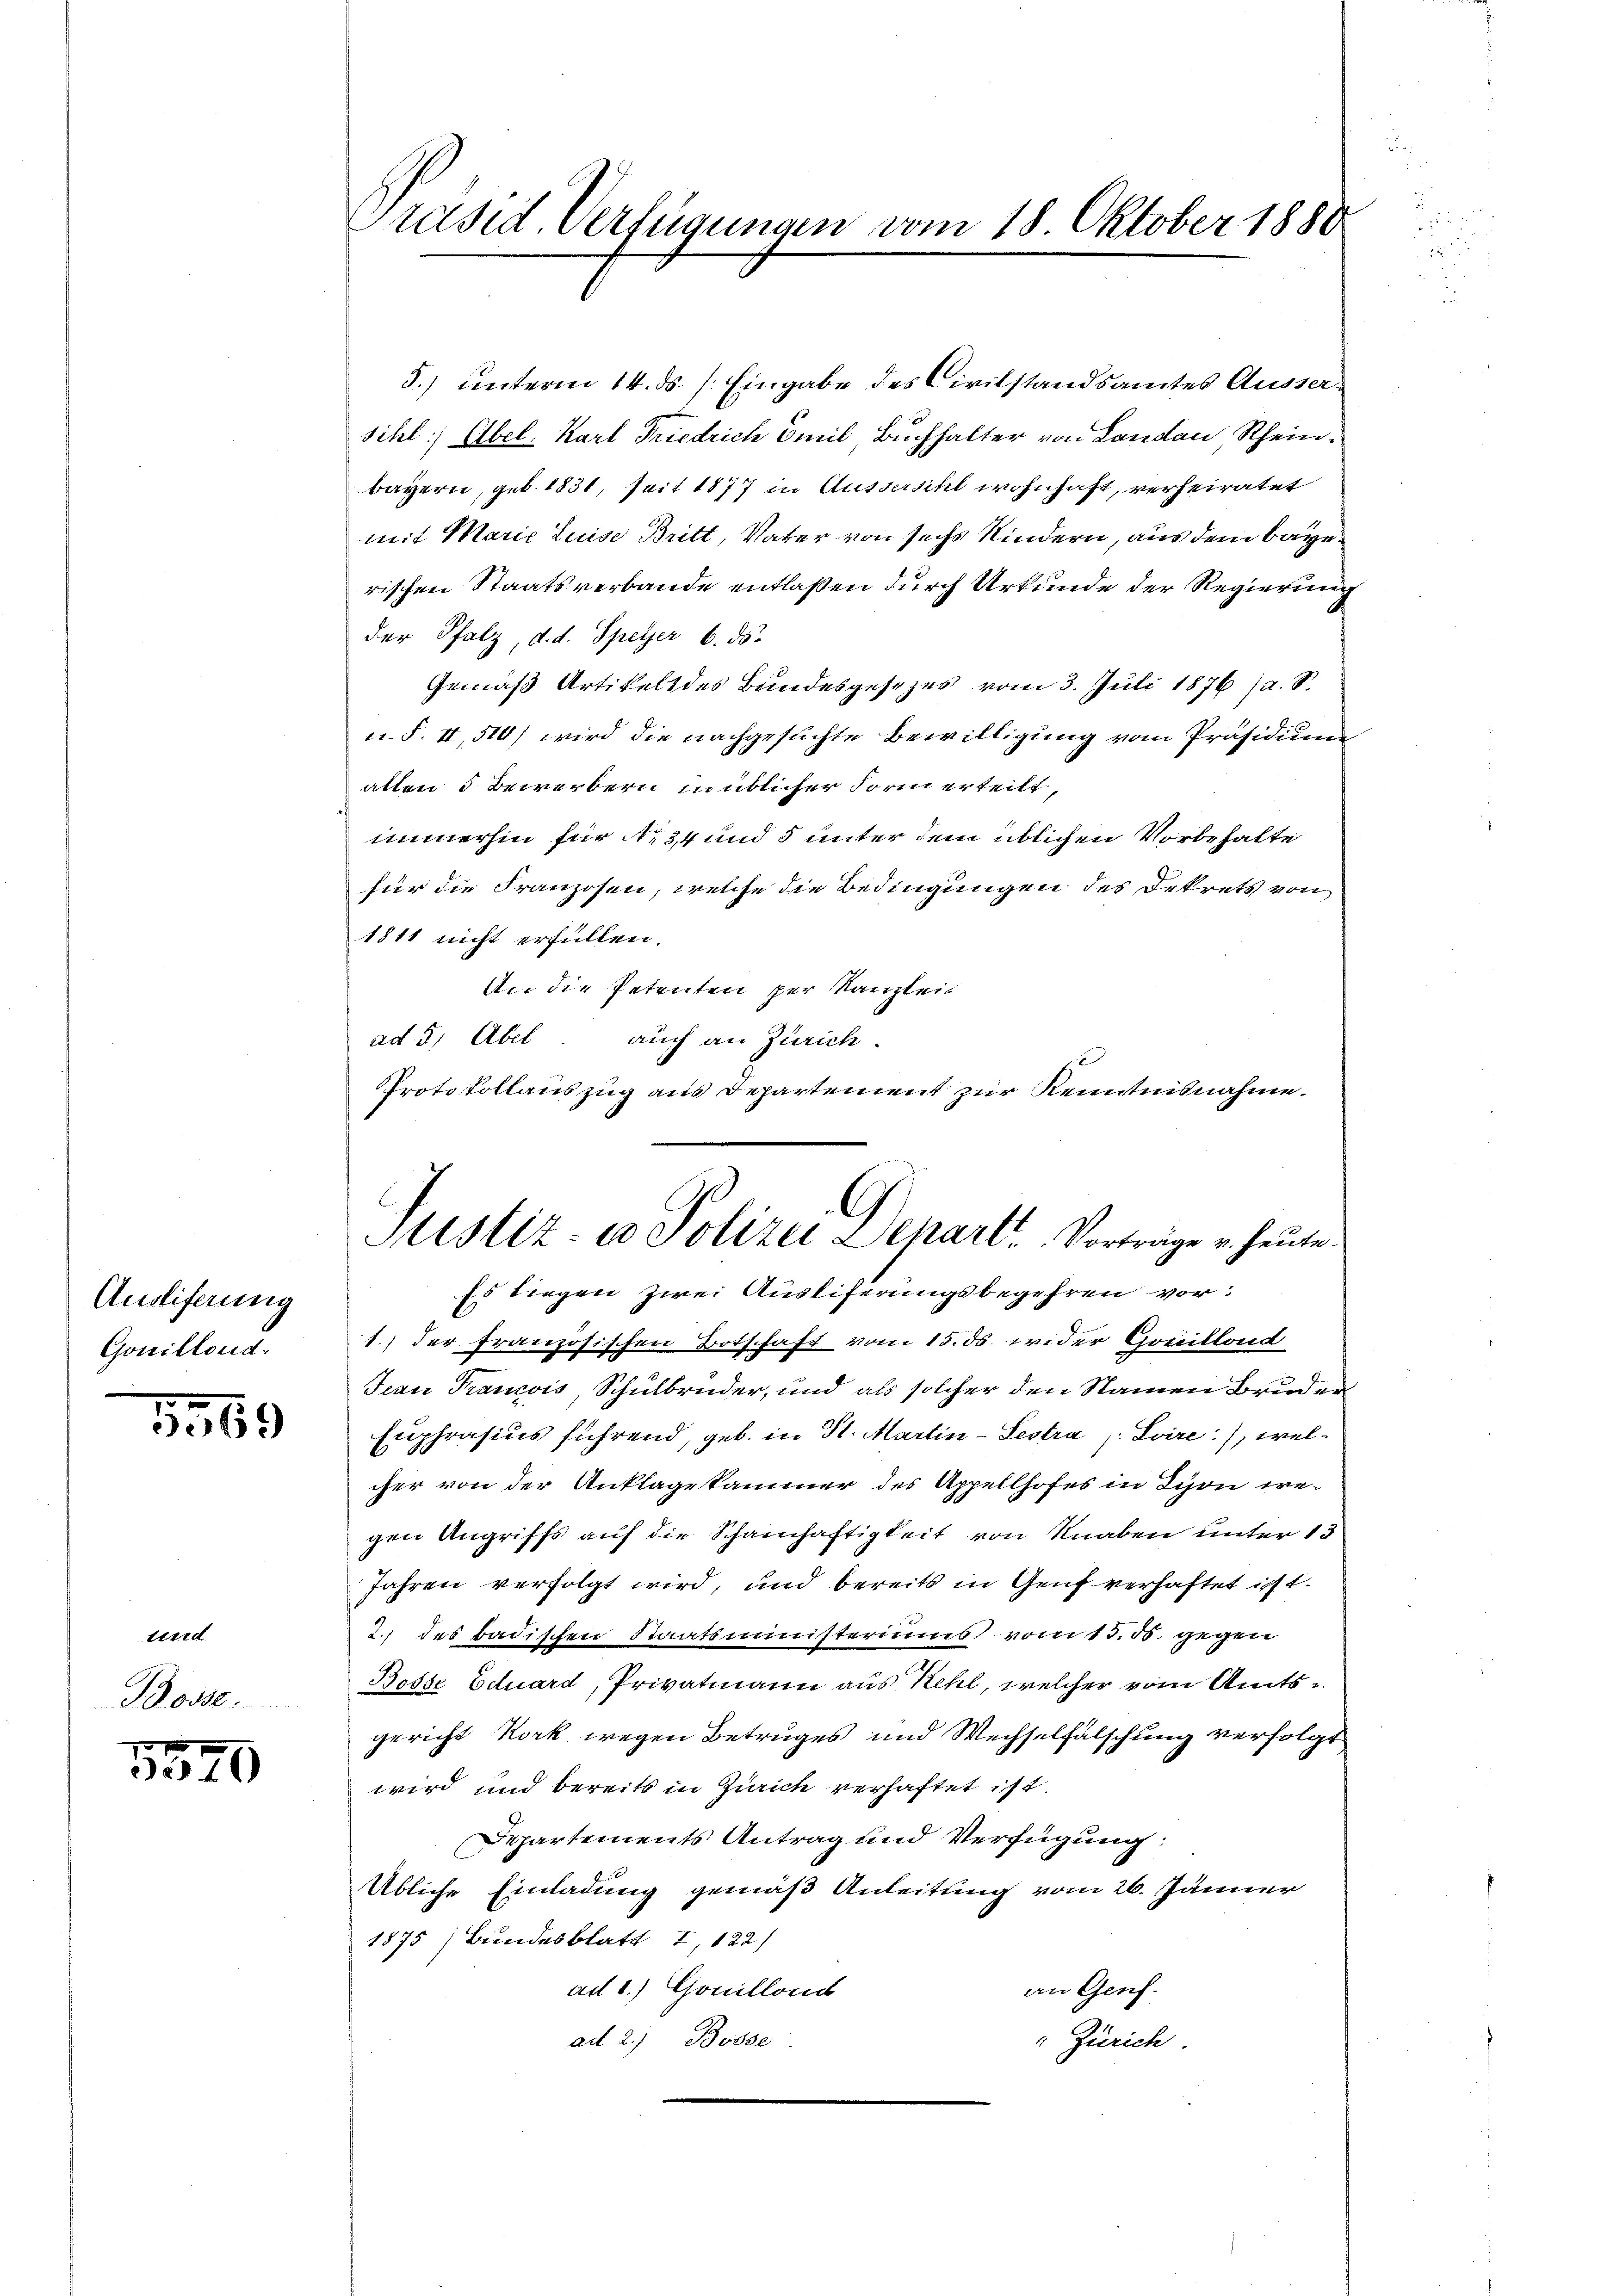
Ausliferung
Gonillend.

5569

tend
Bosse

5540

Präsid. Verfügungen vom 18. Oktober 1880

5.) unterm 14. ds /: Eingabe des Civilstandsamtes Ausser-
sihl Abel. Karl Friedrich Emil Buchhalter von Landau Rheinbayern, geb. 1831, seit 1877 in Aussersihl wohnhaft, verheiratet
mit Marie Luise Britt, Vater von sechs Kindern, aus dem Baye
rischen Staatsverbande entlaßen durch Urkunde der Regierung
der Pfalz, d. d. Speyer 6. ds.
Gemäß Artikels des Bundesgesezes vom 3. Juli 1876 (a. S.
u. F. II, 510) wird die nachgesuchte Bewilligung vom Präsidium
allen 5 Bewerbern in üblicher Form erteilt,
immerhin für 34 und 5 unter dem üblichen Vorbehalte
für die Franzosen, welche die Bedingungen des Dekrets von
1811 nicht erfüllen.
An die Petenten per Kanzlei
ad 5. Übel auch an Zürich.
PProtokollauszug aus Departement zur Kenntnisnahme.
Es liegen zwei Ausliferungsbegehren vor:
1) der französischen Botschaft vom 15. ds. wider Gossillond
Jean Francois, Schulbrüder, und als solcher den Namen Bruder
Euphrasius führend, geb. in St. Martin-Sestra s. Svire), welcher von der Anklagekammer des Appellhofes in Lyon we-
gen Angriffs auf die Schamhaftigkeit von Knaben unter 13
Jahren verfolgt wird, und bereits in Genf verhaftet ist.
2. des badischen Staatsministeriums vom 15. ds. gegen
Bosse Eduard, Privatmann aus Kehl, welcher vom Amtsgericht Kork wegen Betruges und Wechselfälschung verfolgt
wird und bereits in Zürich verhaftet ist.
Departements Antrag und Verfügung:
Übliche Einladung gemäß Anleitung vom 26. Jänner
1875 Bundesblatt 2, 122)
ad 1.) Gonillond
an Genf.
ad 2.) Bosse
" Zürich

Justiz- co Polizei Depart. Vorträge u. heute.